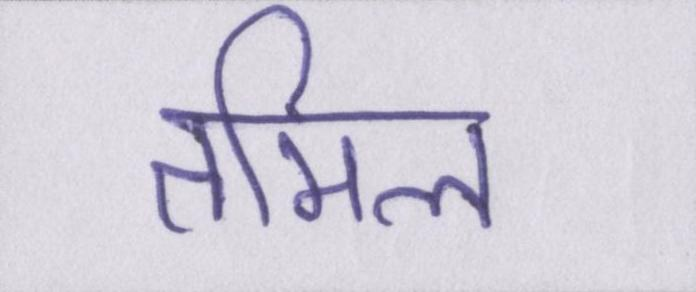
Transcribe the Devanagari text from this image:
तमिल